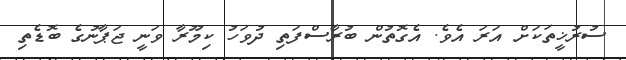
ސުރުޚީތަކަށް އަރަ އެވެ. އެގޮތުން ބުރާސްފަތި ދުވަހު ކިމޫރާ ވަނީ ޖަޕާނުގެ ބޮޑެތި